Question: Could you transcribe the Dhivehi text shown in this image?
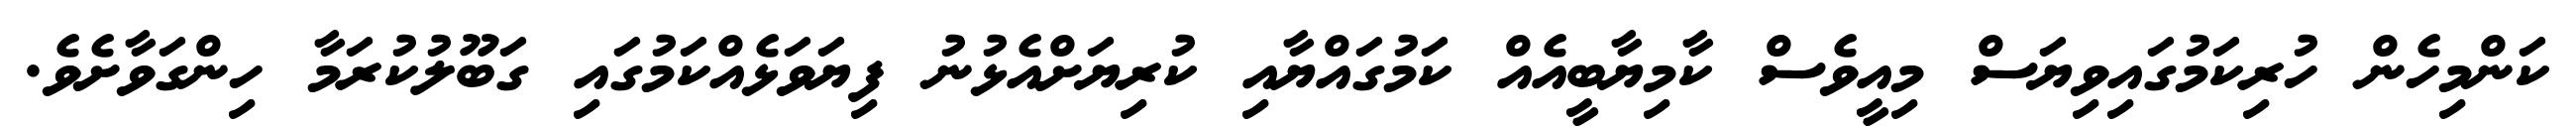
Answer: ކަންމިހެން ހުރިކަމުގައިވިޔަސް މިއީވެސް ކާމިޔާބީއެއް ކަމުގައްޔާއި ކުރިޔަށްއެޅުނު ފިޔަވަޅެއްކަމުގައި ގަބޫލުކުރަމާ ހިންގަވާށެވެ.